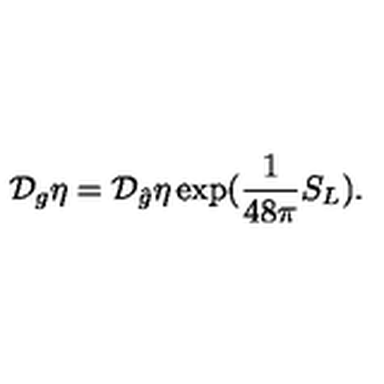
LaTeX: { \cal { D } } _ { g } \eta = { \cal { D } } _ { \hat { g } } \eta \exp ( \frac { 1 } { 4 8 \pi } S _ { L } ) .